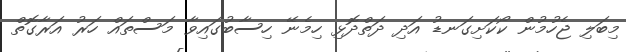
މިބަލި ޖެހުމުން ކޯކަށިގަނޑު އަދި ދަތްދޮޅި ހިމެނޭ ހިސާބުގައިވާ މަސްތައް ހަރު އަރާގޮތް